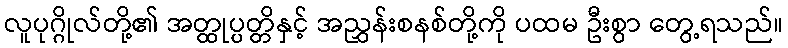
လူပုဂ္ဂိုလ်တို့၏ အတ္ထုပ္ပတ္တိနှင့် အညွှန်းစနစ်တို့ကို ပထမ ဦးစွာ တွေ့ရသည်။